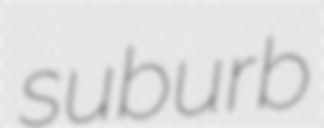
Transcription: suburb